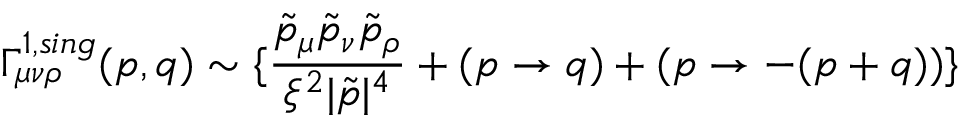
\Gamma _ { \mu \nu \rho } ^ { 1 , s i n g } ( p , q ) \sim \{ \frac { \tilde { p } _ { \mu } \tilde { p } _ { \nu } \tilde { p } _ { \rho } } { \xi ^ { 2 } | \tilde { p } | ^ { 4 } } + ( p \rightarrow q ) + ( p \rightarrow - ( p + q ) ) \}